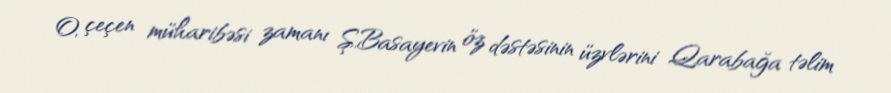
O, çeçen müharibəsi zamanı Ş.Basayevin öz dəstəsinin üzvlərini Qarabağa təlim